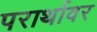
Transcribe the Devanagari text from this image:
परार्थावर